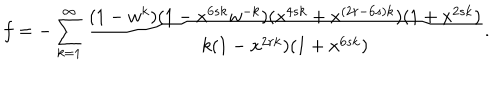
LaTeX: f = - \sum _ { k = 1 } ^ { \infty } \frac { ( 1 - w ^ { k } ) ( 1 - x ^ { 6 s k } w ^ { - k } ) ( x ^ { 4 s k } + x ^ { ( 2 r - 6 s ) k } ) ( 1 + x ^ { 2 s k } ) } { k ( 1 - x ^ { 2 r k } ) ( 1 + x ^ { 6 s k } ) } .